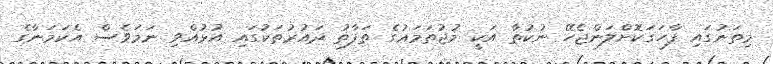
މިތަނުގައި ފާހަގަކޮށްލަންޖެހޭ ނުކުތާ އަކީ މުޖުތަމަޢުގެ ތަފާތު ދައުރުތަކުގައި އުޅުއްވި ނަމަވެސް އެކަމަނާގެ